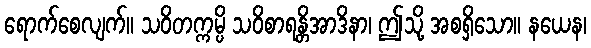
ရောက်စေလျက်။ သဝိတက္ကမ္ပိ သဝိစာရန္တိအာဒိနာ၊ ဤသို့ အစရှိသော။ နယေန၊